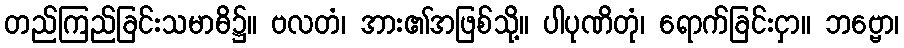
တည်ကြည်ခြင်းသမာဓိ၌။ ဗလတံ၊ အား၏အဖြစ်သို့။ ပါပုဏိတုံ၊ ရောက်ခြင်းငှာ။ ဘဗ္ဗော၊